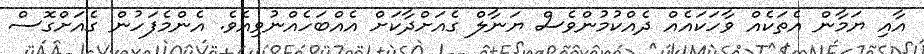
އާއި ޔަމާން އެތަކެއް ވާހަކައެއް ދެއްކުމުންވެސް ޔަނާލް ގެއަށްދާކަށް އެއްބަހެއްނުވިއެވެ. އެންމެފަހުން ގެއަށްގޮސް